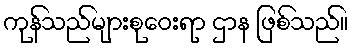
ကုန်သည်များစုဝေးရာ ဌာန ဖြစ်သည်။